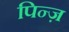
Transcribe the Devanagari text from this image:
पिन्ज़